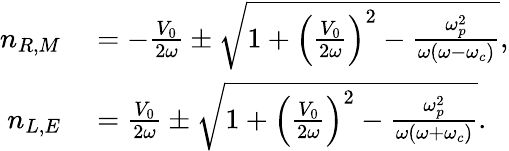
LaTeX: \begin{array}{rl}{n_{R,M}}&{{}=-\frac{V_{0}}{2\omega}\pm\sqrt{1+\left(\frac{V_{0}}{2\omega}\right)^{2}-\frac{\omega_{p}^{2}}{\omega(\omega-\omega_{c})}},}\\ {n_{L,E}}&{{}=\frac{V_{0}}{2\omega}\pm\sqrt{1+\left(\frac{V_{0}}{2\omega}\right)^{2}-\frac{\omega_{p}^{2}}{\omega(\omega+\omega_{c})}}.}\end{array}